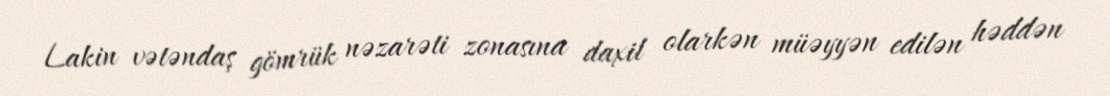
Lakin vətəndaş gömrük nəzarəti zonasına daxil olarkən müəyyən edilən həddən